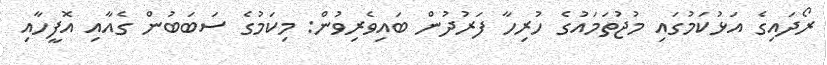
ރޯދައިގެ އަޅުކަމުގައި މުޖުތަމައުގެ ހުރިހާ ފަރުދުން ބައިވެރިވުން: މިކަމުގެ ސަބަބުން ގެއާއި އޮފީހާއި